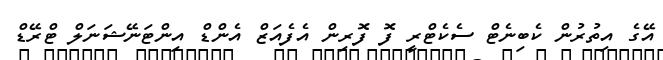
އޭގެ އިތުރުން ކެބިނެޓް ސެކެޓްރީ ފޮ ފޮރިން އެފެއަޒް އެންޑް އިންޓަނޭޝަނަލް ޓްރޭޑް